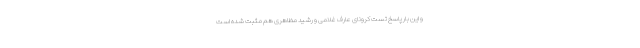
و این بار پاسخ تست کرونای عارف غلامی و رشید مظاهری هم مثبت شده است